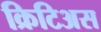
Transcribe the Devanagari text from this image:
क्रिटिअस